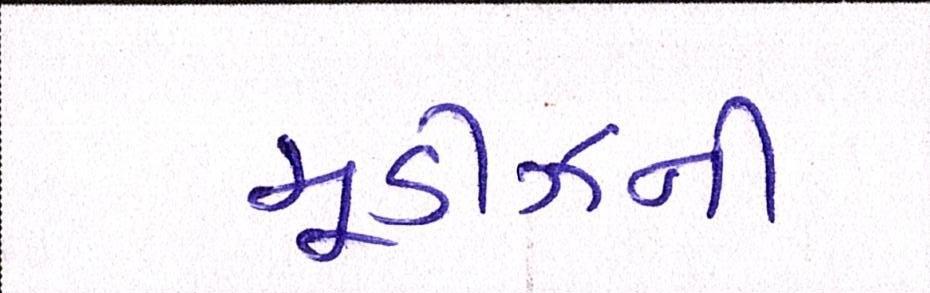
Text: મૂડીઝની